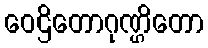
ဝေဌိတောဂုဏ္ဌိတော